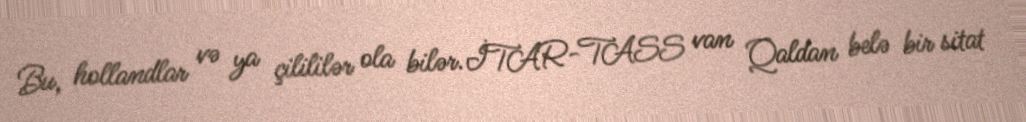
Bu, hollandlar və ya çilililər ola bilər.İTAR-TASS van Qaldan belə bir sitat